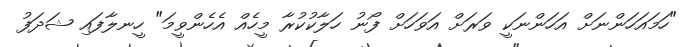
"ހަމައަހަންނަށް އަހަންނަކީ ވަރަށް އަވަހަށް ފޯނު ހަލާކުކުރާ މީހެއް އެހެންވީމަ" ހީނލާފައި ޝަދަފު